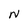
Character: N